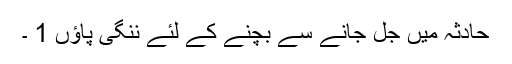
حادثہ میں جل جانے سے بچنے کے لئے ننگی پاؤں 1 ۔